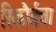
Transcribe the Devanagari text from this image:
रिकौर्डचा